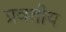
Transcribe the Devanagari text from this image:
प्रवतीय